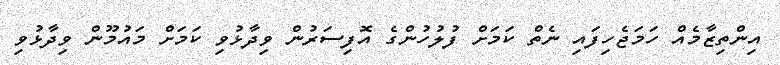
އިންތިޒާމެއް ހަމަޖެހިފައި ނެތް ކަމަށް ފުލުހުންގެ އޮފިސަރުން ވިދާޅުވި ކަމަށް މައުމޫން ވިދާޅުވި